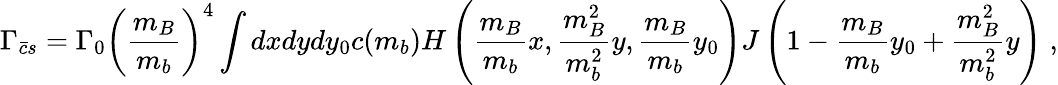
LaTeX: \Gamma_{\bar{c}s}=\Gamma_{0}\left(\frac{m_{B}}{m_{b}}\right)^{4}\int dxdydy_{0}c(m_{b})H\left(\frac{m_{B}}{m_{b}}x,\frac{m_{B}^{2}}{m_{b}^{2}}y,\frac{m_{B}}{m_{b}}y_{0}\right)J\left(1-\frac{m_{B}}{m_{b}}y_{0}+\frac{m_{B}^{2}}{m_{b}^{2}}y\right)\; ,